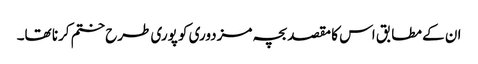
ان کے مطابق اس کا مقصد بچہ مزدوری کو پوری طرح ختم کرنا تھا۔